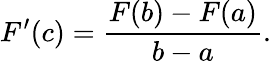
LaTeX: F^{\prime}(c)={\frac{F(b)-F(a)}{b-a}}.